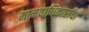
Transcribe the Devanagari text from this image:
मानवाधिकारांचा